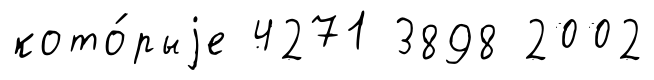
кото́рыjе 4271 3898 2002